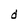
Character: d